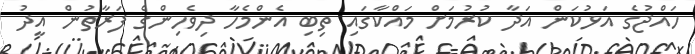
ހައްޖުގެ އަޅުކަން އަދާ ކުރުމަށް މައްކާގައި ތިބި އެންމެހާ ދިވެހިންގެ ފަރާތުން އީދު